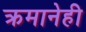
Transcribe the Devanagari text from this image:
क्रमानेही